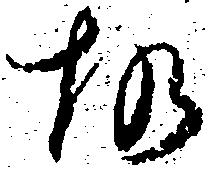
故